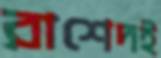
রাশেদই